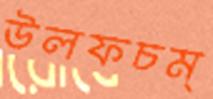
উলফচম্